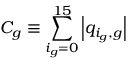
C _ { g } \equiv \sum _ { i _ { g } = 0 } ^ { 1 5 } \left| q _ { i _ { g } , g } \right|